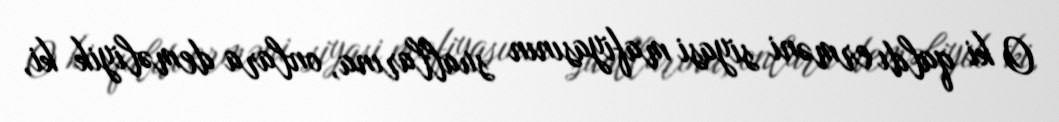
O ki qaldı erməni siyasi mafiyasının suallarına, onlara deməliyik ki,